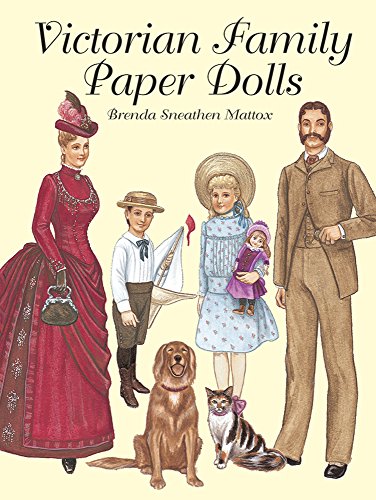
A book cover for Victorian Family Paper Dolls (Dover Victorian Paper Dolls); Brenda Sneathen Mattox; Crafts, Hobbies & Home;